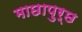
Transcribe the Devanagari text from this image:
माछापुर्छ